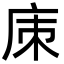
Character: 㢀